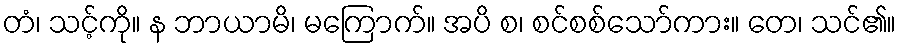
တံ၊ သင့်ကို။ န ဘာယာမိ၊ မကြောက်။ အပိ စ၊ စင်စစ်သော်ကား။ တေ၊ သင်၏။